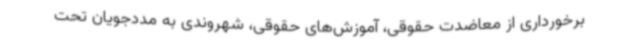
برخورداری از معاضدت حقوقی، آموزش‌های حقوقی، شهروندی به مددجویان تحت